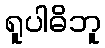
ရူပါဓိဘူ